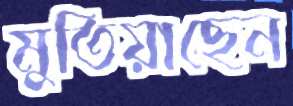
মুতিয়াছেন